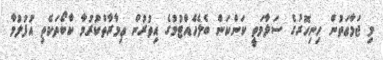
މި ޖަމާޢަތުން ހިނިހޮރުގެ ސަލާމަތީ ކަންކަން ބެލެހެއްޓުމުގެ އިތުރުން ޢިމާރާތްކުރުމާ ކާބޯތަކެތި އުފުލުމާ